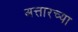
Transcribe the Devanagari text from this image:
अत्तारच्या